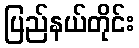
ပြည်နယ်တိုင်း